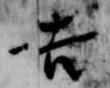
吉